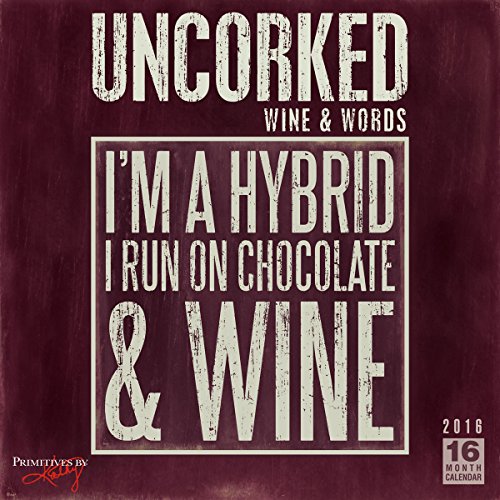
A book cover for Uncorked, Wine and Words 2016 Wall Calendar; Kathy/Primitives by Kathy Phillips; Calendars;